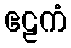
ဧဠကံ